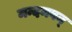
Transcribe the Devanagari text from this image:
मन्दमवन्